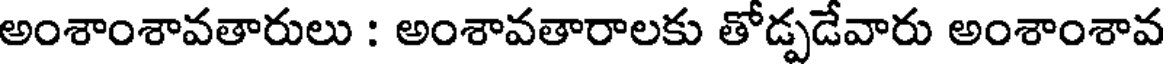
అంశాంశావతారులు : అంశావతారాలకు తోడ్పడేవారు అంశాంశావ